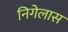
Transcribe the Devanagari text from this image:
निगेलास